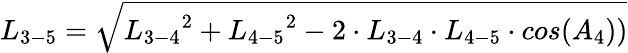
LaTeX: {L_{3-5}}=\sqrt{{L_{3-4}}^{2}+{L_{4-5}}^{2}-2\cdot{L_{3-4}}\cdot{L_{4-5}}\cdot cos({A_{4}}))}